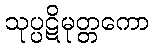
သုပ္ပဋိမုတ္တကော